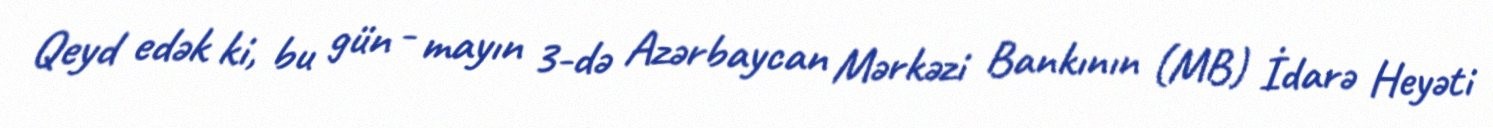
Qeyd edək ki, bu gün - mayın 3-də Azərbaycan Mərkəzi Bankının (MB) İdarə Heyəti